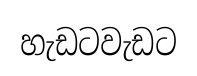
හැඩටවැඩට